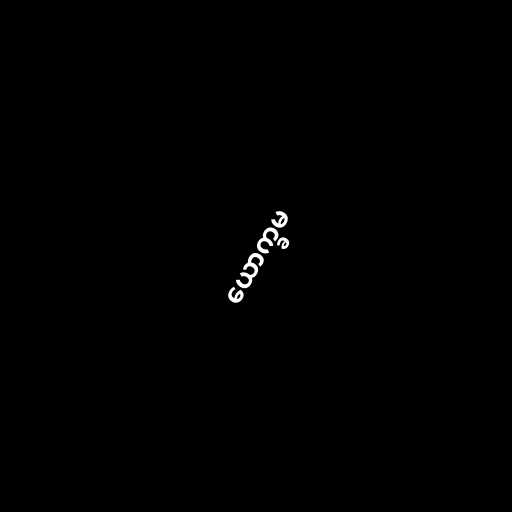
ယောက္ခမ